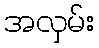
အလှမ်း